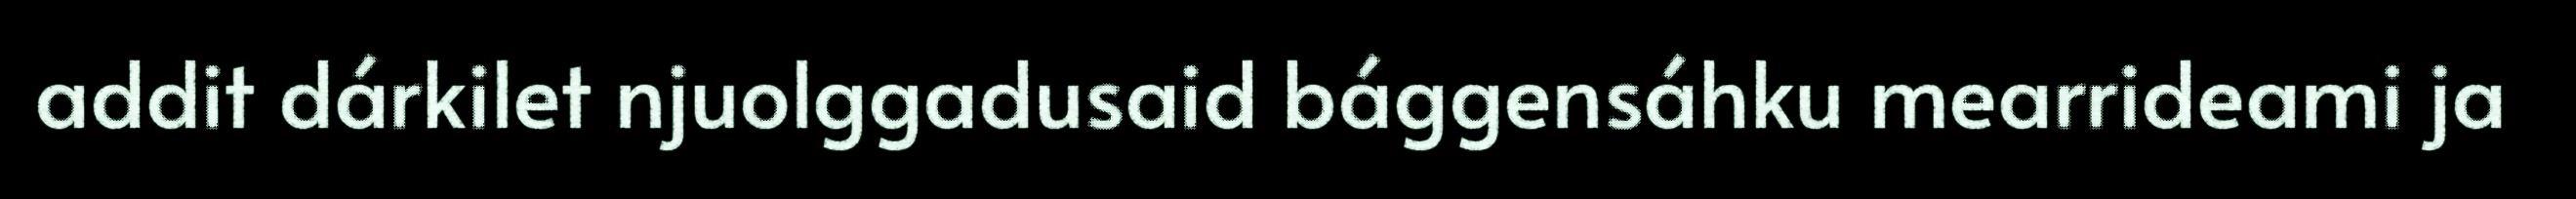
addit dárkilet njuolggadusaid bággensáhku mearrideami ja